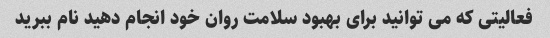
فعالیتی که می توانید برای بهبود سلامت روان خود انجام دهید نام ببرید